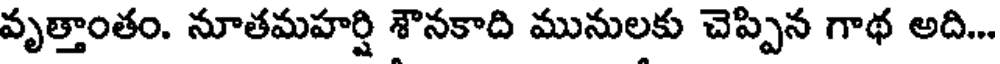
వృత్తాంతం. నూతమహర్షి శౌనకాది మునులకు చెప్పిన గాథ అది...